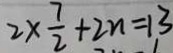
2 \times \frac { 7 } { 2 } + 2 n = 1 3